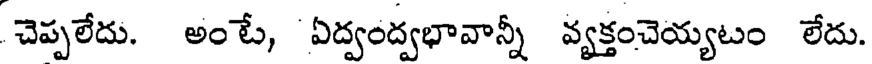
చెప్పలేదు. అంటే, ఏద్వంద్వభావాన్నీ వ్యక్తంచెయ్యటం లేదు.